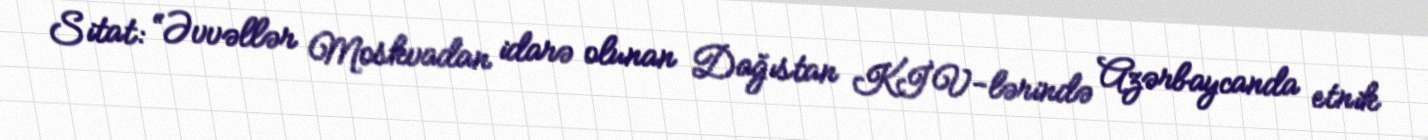
Sitat: “Əvvəllər Moskvadan idarə olunan Dağıstan KİV-lərində Azərbaycanda etnik